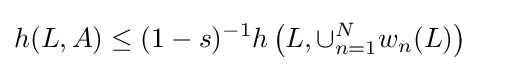
h(L,A)\leq (1-s)^{-1}h\left(L,\cup _{n=1}^{N}w_{n}(L)\right)\quad